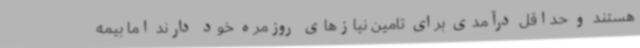
هستند و حداقل درآمدی برای تامین نیازهای روزمره خود دارند اما بیمه